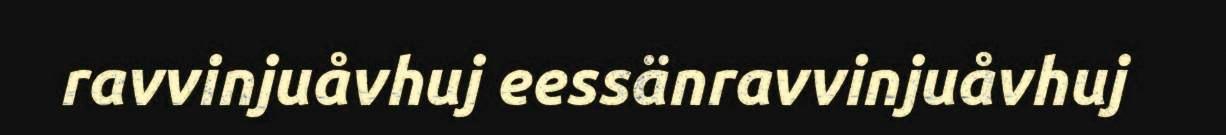
ravvinjuåvhuj eessänravvinjuåvhuj